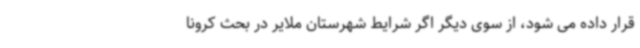
قرار داده می شود، از سوی دیگر اگر شرایط شهرستان ملایر در بحث کرونا